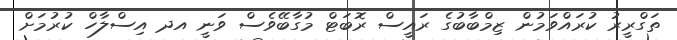
ތަގްރީރު ކުރައްވަމުން ޒިމްބާބުގެ ރައީސް ރޮބަޓް މުގާބޭވެސް ވަނީ އދ އިސްލާހް ކުރުމަށް